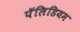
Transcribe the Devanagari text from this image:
पॅलिडियम